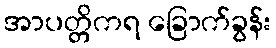
အာပတ္တိကရ ခြောက်ခွန်း